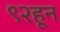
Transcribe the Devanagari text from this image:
९२हून